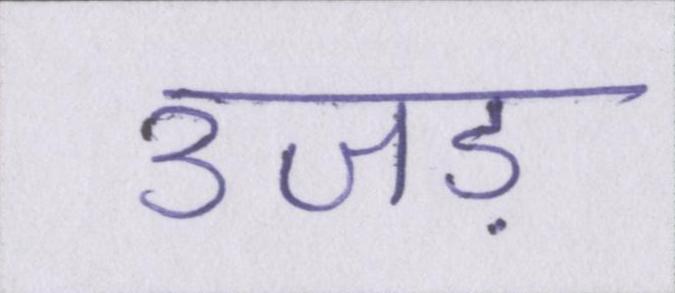
उजड़